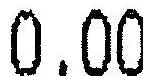
0.00